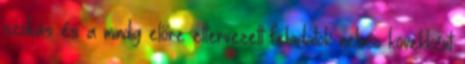
szokás és a mindig előre eltervezett feladatok nehéz kövekként